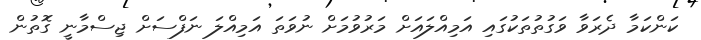
ކަންކަމާ ދެރަވާ ވަގުތުތަކުގައި އަމިއްލަައަށް މަރުވުމަށް ނުވަތަ އަމިއްލަ ނަފްސަށް ޖިސްމާނީ ގޮތުން